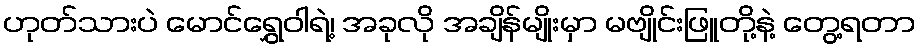
ဟုတ်သားပဲ မောင်ရွှေဝါရဲ့၊ အခုလို အချိန်မျိုးမှာ မဗျိုင်းဖြူတို့နဲ့ တွေ့ရတာ